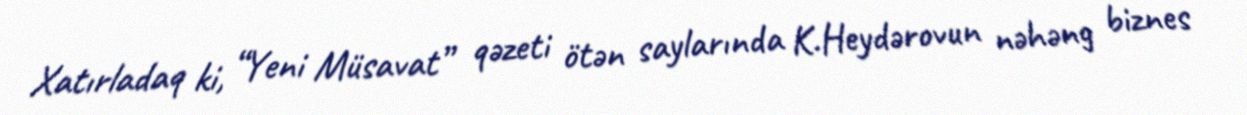
Xatırladaq ki, “Yeni Müsavat” qəzeti ötən saylarında K.Heydərovun nəhəng biznes